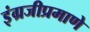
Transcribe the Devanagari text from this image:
इंग्रजीप्रमाणे